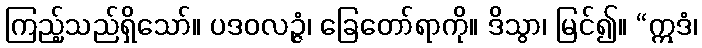
ကြည့်သည်ရှိသော်။ ပဒဝလဉ္ဇံ၊ ခြေတော်ရာကို။ ဒိသွာ၊ မြင်၍။ “ဣဒံ၊